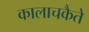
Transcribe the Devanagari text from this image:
कालाचकैते